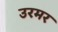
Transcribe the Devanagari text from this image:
उरमर